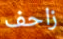
زاحف